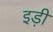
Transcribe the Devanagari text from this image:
इड़ी